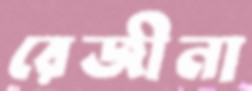
রেজীনা